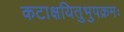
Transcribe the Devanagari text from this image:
कटाक्षयितुभुपक्रमः